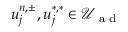
u _ { j } ^ { n , \pm } , u _ { j } ^ { \ast , \ast } \in \mathcal { U } _ { \textrm { a d } }